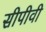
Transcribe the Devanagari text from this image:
सीपीवी